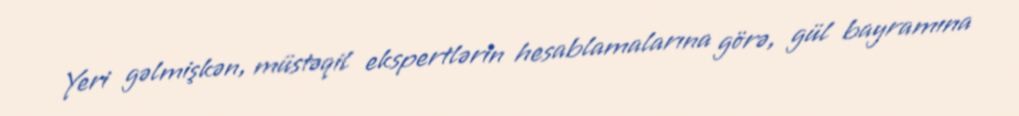
Yeri gəlmişkən, müstəqil ekspertlərin hesablamalarına görə, gül bayramına